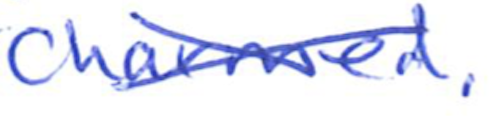
Text: Charmed.
Cross-out: cross
Writing tool: ballpoint